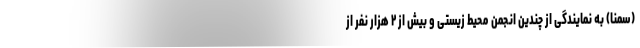
(سمنا) به نمایندگی از چندین انجمن محیط زیستی و بیش از ۲ هزار نفر از